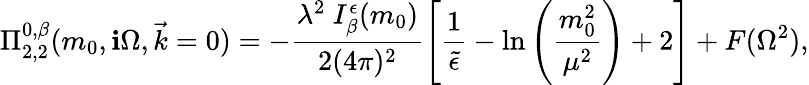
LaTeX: \Pi_{2,2}^{0,\beta}(m_{0},\mathbf{i}\Omega,\vec{{k}}=0)=-\frac{{\lambda^{2}~I_{\beta}^{\epsilon}(m_{0})}}{{2(4\pi)^{2}}}\left[\frac{{1}}{{\tilde{{\epsilon}}}}-\ln\left(\frac{{m_{0}^{2}}}{{\mu^{2}}}\right)+2\right]+F(\Omega^{2}),